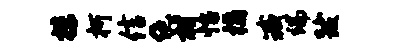
抹柯信绝村怡橘臧端跋